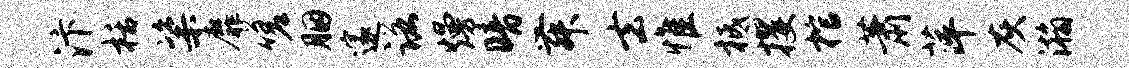
汴栝粢靡嗟胭邃诺熳暗舞去惟柢攫棺萧萍灰瀚